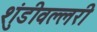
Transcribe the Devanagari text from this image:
शुंडीवल्लरी